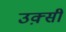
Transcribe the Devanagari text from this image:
उक़्सी